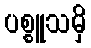
ပစ္စူသမှိ